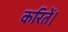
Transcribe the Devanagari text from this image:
करितें।